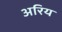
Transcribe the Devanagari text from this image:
अरिय